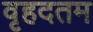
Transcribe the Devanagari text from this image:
वृहदतम